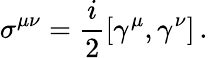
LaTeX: \sigma^{\mu\nu}=\frac{i}{2}\left[\gamma^{\mu},\gamma^{\nu}\right]\, .